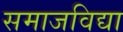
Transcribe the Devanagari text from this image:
समाजविद्या